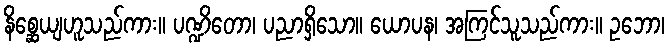
နိစ္ဆေယျဟူသည်ကား။ ပဏ္ဍိတော၊ ပညာရှိသော။ ယောပန၊ အကြင်သူသည်ကား။ ဥဘော၊